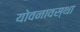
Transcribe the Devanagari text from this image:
योवनावस्था